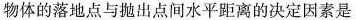
物体的落地点与抛出点间水平距离的决定因素是